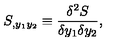
S _ { , y _ { 1 } y _ { 2 } } \equiv { \frac { \delta ^ { 2 } S } { \delta y _ { 1 } \delta y _ { 2 } } } ,